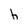
Character: h